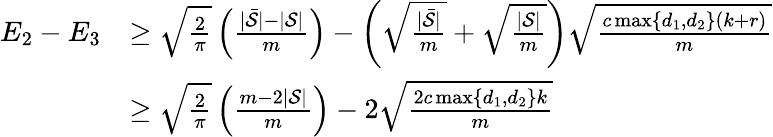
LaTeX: \begin{array}{rl}{E_{2}-E_{3}}&{\geq\sqrt{\frac{2}{\pi}}\left(\frac{|\bar{\mathcal{S}}|-|\mathcal{S}|}{m}\right)-\left(\sqrt{\frac{|\bar{\mathcal{S}}|}{m}}+\sqrt{\frac{|\mathcal{S}|}{m}}\right)\sqrt{\frac{c\operatorname*{max}\{ d_{1},d_{2}\} (k+r)}{m}}}\\ &{\geq\sqrt{\frac{2}{\pi}}\left(\frac{m-2|\mathcal{S}|}{m}\right)-2\sqrt{\frac{2c\operatorname*{max}\{ d_{1},d_{2}\} k}{m}}}\end{array}